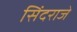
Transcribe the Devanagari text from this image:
सिंदराजे